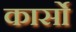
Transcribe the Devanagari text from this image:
कार्सो